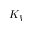
K _ { V }